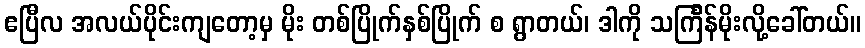
ဧပြီလ အလယ်ပိုင်းကျတော့မှ မိုး တစ်ပြိုက်နှစ်ပြိုက် စ ရွာတယ်၊ ဒါကို သင်္ကြန်မိုးလို့ခေါ်တယ်။